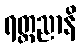
ရတ္တညာနိ